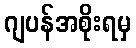
ဂျပန်အစိုးရမှ